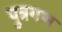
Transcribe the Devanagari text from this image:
पुत्रगण